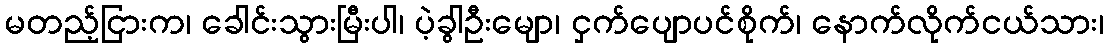
မတည့်ငြားက၊ ခေါင်းသွားမြီးပါ၊ ပဲ့ခွါဦးမျော၊ ငှက်ပျောပင်စိုက်၊ နောက်လိုက်ငယ်သား၊